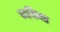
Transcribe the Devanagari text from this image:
व्यक्तिना